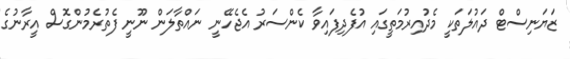
ޒަޔަނިސްޓް ދައުލަތަކީ މެދުއިރުމަތީގައި އުފެދިފައިވާ ކެންސަރު އެޖެހޭނީ ނައްތާލަން ނޫނީ ފެތުރެމުންގޮސް އީރާނުގެ